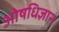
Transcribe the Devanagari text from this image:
ओषधिज्ञान